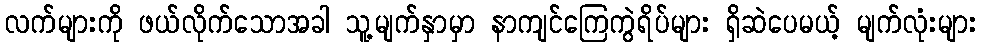
လက်များကို ဖယ်လိုက်သောအခါ သူ့မျက်နှာမှာ နာကျင်ကြေကွဲရိပ်များ ရှိဆဲပေမယ့် မျက်လုံးများ